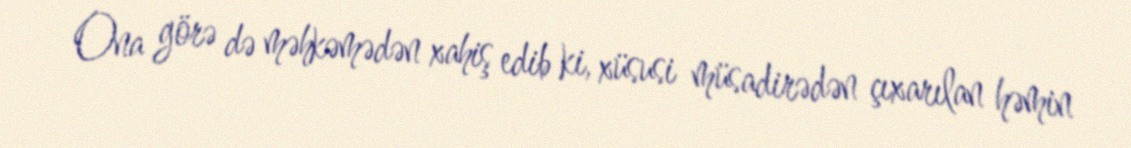
Ona görə də məhkəmədən xahiş edib ki, xüsusi müsadirədən çıxarılan həmin